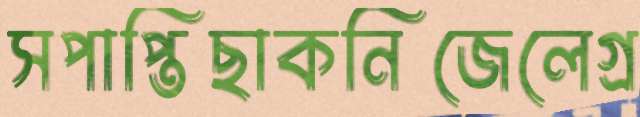
সপাপ্তিছাকনিজেলেগ্র